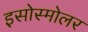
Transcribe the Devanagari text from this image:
इसोस्मोलर